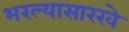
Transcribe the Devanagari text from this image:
भरल्यासारखे